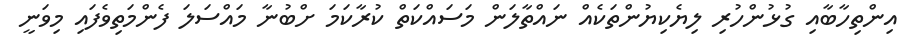
އިންތިހާބާއި ގުޅުންހުރި ލިޔެކިޔުންތަކެއް ނައްތާލަން މަސައްކަތް ކުރާކަމަ ށްބުނާ މައްސަލަ ފެންމަތިވެފައި މިވަނީ